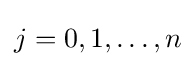
j=0,1,\dots ,n